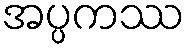
အပ္ပကဿ